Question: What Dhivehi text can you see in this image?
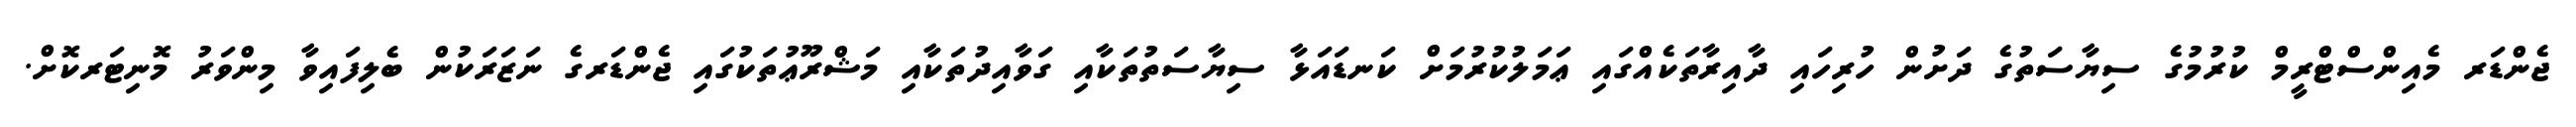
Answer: ޖެންޑަރ މެއިންސްޓްރީމް ކުރުމުގެ ސިޔާސަތުގެ ދަށުން ހުރިހައި ދާއިރާތަކެއްގައި ޢަމަލުކުރުމަށް ކަނޑައަޅާ ސިޔާސަތުތަކާއި ގަވާއިދުތަކާއި މަޝްރޫޢުތަކުގައި ޖެންޑަރގެ ނަޒަރަކުން ބެލިފައިވާ މިންވަރު މޮނިޓަރކޮށް.